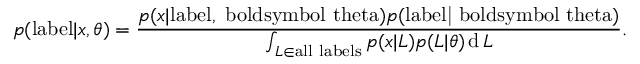
p ( \mathrm { { l a b e l } } | { \boldsymbol { x } } , { \boldsymbol { \theta } } ) = { \frac { p ( { { \boldsymbol { x } } | \mathrm { { l a b e l , { \ b o l d s y m b o l { \ t h e t a } } } } } ) p ( \mathrm { { l a b e l | { \ b o l d s y m b o l { \ t h e t a } } } } ) } { \int _ { L \in { \mathrm { a l l ~ l a b e l s } } } p ( { \boldsymbol { x } } | L ) p ( L | { \boldsymbol { \theta } } ) \operatorname { d } L } } .